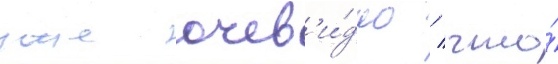
уже очев'и́дно / что́